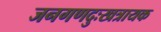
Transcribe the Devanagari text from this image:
जनगणदुःखत्रायक